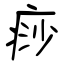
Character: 痧